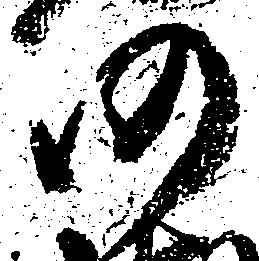
仍